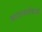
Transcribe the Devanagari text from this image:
बाळासाहेबांशी